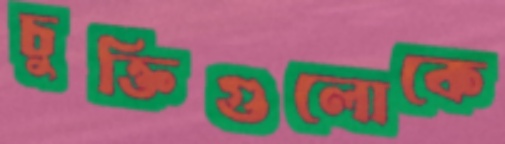
চুক্তিগুলোকে